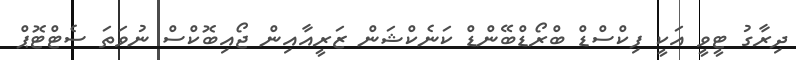
ދިރާގު ޓީވީ އަކީ ފިކްސްޑް ބްރޯޑްބޭންޑް ކަނެކްޝަން ޒަރީއާއިން ޖޯއިބޮކްސް ނުވަތަ ސެޓްޓޮޕް